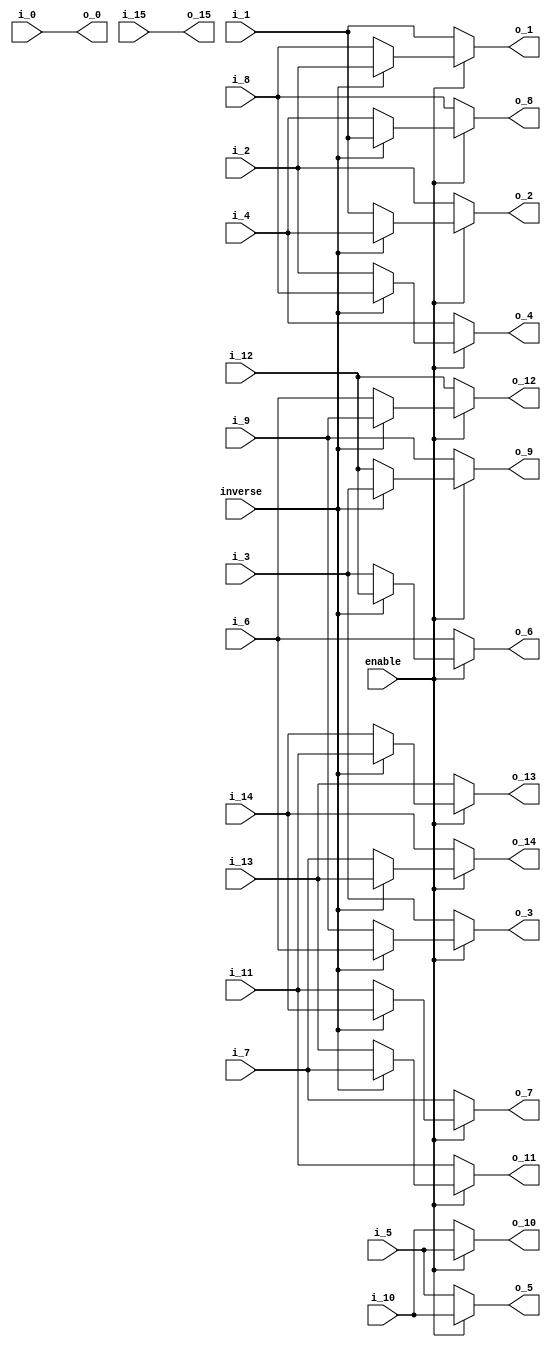
module premuat1_16(
               enable,
		       inverse,
               i_0,
               i_1,
               i_2,
               i_3,
               i_4,
               i_5,
               i_6,
               i_7,
               i_8,
               i_9,
               i_10,
               i_11,
               i_12,
               i_13,
               i_14,
               i_15,
               
               o_0,
               o_1,
               o_2,
               o_3,
               o_4,
               o_5,
               o_6,
               o_7,
               o_8,
               o_9,
               o_10,
               o_11,
               o_12,
               o_13,
               o_14,
               o_15
               
);

// ********************************************
//                                             
//    INPUT / OUTPUT DECLARATION                                               
//                                                                             
// ********************************************
input                enable;
input               inverse;
input  signed  [15:0]   i_0;
input  signed  [15:0]   i_1;
input  signed  [15:0]   i_2;
input  signed  [15:0]   i_3;
input  signed  [15:0]   i_4;
input  signed  [15:0]   i_5;
input  signed  [15:0]   i_6;
input  signed  [15:0]   i_7;
input  signed  [15:0]   i_8;
input  signed  [15:0]   i_9;
input  signed  [15:0]   i_10;
input  signed  [15:0]   i_11;
input  signed  [15:0]   i_12;
input  signed  [15:0]   i_13;
input  signed  [15:0]   i_14;
input  signed  [15:0]   i_15;


output  signed [15:0]   o_0;
output  signed [15:0]   o_1;
output  signed [15:0]   o_2;
output  signed [15:0]   o_3;
output  signed [15:0]   o_4;
output  signed [15:0]   o_5;
output  signed [15:0]   o_6;
output  signed [15:0]   o_7;
output  signed [15:0]   o_8;
output  signed [15:0]   o_9;
output  signed [15:0]   o_10;
output  signed [15:0]   o_11;
output  signed [15:0]   o_12;
output  signed [15:0]   o_13;
output  signed [15:0]   o_14;
output  signed [15:0]   o_15;

// ********************************************
//                                             
//    REG DECLARATION                                               
//                                                                             
// ********************************************

reg      signed [15:0]   o1;
reg      signed [15:0]   o2;
reg      signed [15:0]   o3;
reg      signed [15:0]   o4;
reg      signed [15:0]   o5;
reg      signed [15:0]   o6;
reg      signed [15:0]   o7;
reg      signed [15:0]   o8;
reg      signed [15:0]   o9;
reg      signed [15:0]   o10;
reg      signed [15:0]   o11;
reg      signed [15:0]   o12;
reg      signed [15:0]   o13;
reg      signed [15:0]   o14;

// ********************************************
//                                             
//    Combinational Logic                      
//                                             
// ********************************************

always@(*)
if(inverse)
  begin
     o1 =i_2;
     o2 =i_4;
     o3 =i_6;
     o4 =i_8;
     o5 =i_10;
     o6 =i_12;
     o7 =i_14;
     o8 =i_1;
     o9 =i_3;
     o10=i_5;
     o11=i_7;
     o12=i_9;
	   o13=i_11;
     o14=i_13;
   end
 else
   begin
     o1 =i_8;
     o2 =i_1;
     o3 =i_9;
     o4 =i_2;
     o5 =i_10;
     o6 =i_3;
	 o7 =i_11;
     o8 =i_4;
     o9 =i_12;
     o10=i_5;
     o11=i_13;
     o12=i_6;
	 o13=i_14;
     o14=i_7;
   end


assign  o_0=i_0;
assign  o_1=enable?o1:i_1;
assign  o_2=enable?o2:i_2;
assign  o_3=enable?o3:i_3;
assign  o_4=enable?o4:i_4;
assign  o_5=enable?o5:i_5;
assign  o_6=enable?o6:i_6;
assign  o_7=enable?o7:i_7;
assign  o_8=enable?o8:i_8;
assign  o_9=enable?o9:i_9;
assign  o_10=enable?o10:i_10;
assign  o_11=enable?o11:i_11;
assign  o_12=enable?o12:i_12;
assign  o_13=enable?o13:i_13;
assign  o_14=enable?o14:i_14;
assign  o_15=i_15;

endmodule